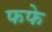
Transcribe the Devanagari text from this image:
फफे